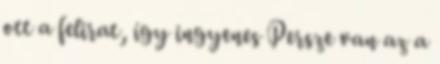
ott a felirat, így ingyenes Persze van az a